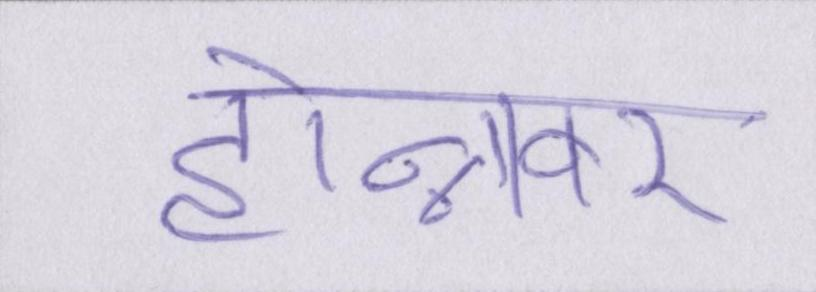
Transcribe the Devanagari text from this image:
होन्नावर